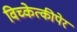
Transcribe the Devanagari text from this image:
विच्केत्कीपेर